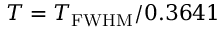
T = T _ { \mathrm { F W H M } } / 0 . 3 6 4 1